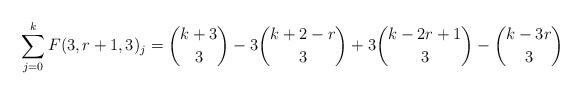
LaTeX: \begin{align*}\sum_{j=0}^k F(3,r+1,3)_j=\binom{k+3}{3}-3\binom{k+2-r}{3}+3\binom{k-2r+1}{3}-\binom{k-3r}{3}\end{align*}